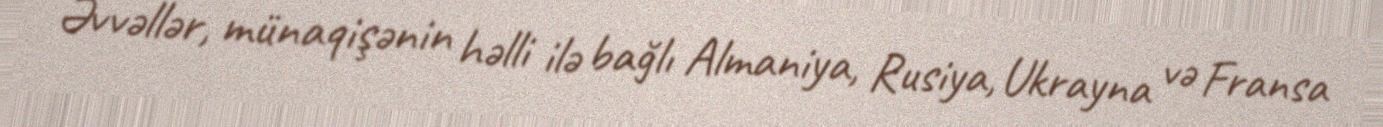
Əvvəllər, münaqişənin həlli ilə bağlı Almaniya, Rusiya, Ukrayna və Fransa